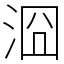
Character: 㴄